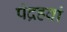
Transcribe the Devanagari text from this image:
पंद्रहवां